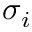
\sigma _ { i }